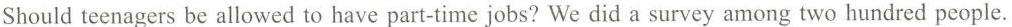
Shouldteenagers be allowed to have part-time jobs?We did a survey among two hundred people.